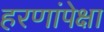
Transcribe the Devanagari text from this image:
हरणांपेक्षा